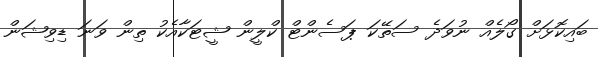
ބައިކޮޅަށް ގޯލެއް ނުވަދެ ސަތޭކަ ޕަސެންޓް ކްލީން ޝީޓަކާއެކު ތިން ވަނަ ޑިވިޝަން